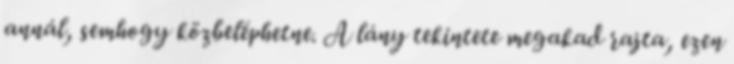
annál, semhogy közbeléphetne. A lány tekintete megakad rajta, ezen